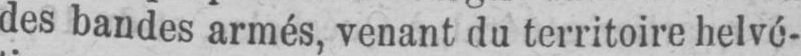
des bandes armés, venant du territoire helvé-